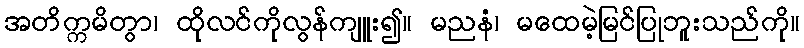
အတိက္ကမိတွာ၊ ထိုလင်ကိုလွန်ကျူး၍။ မညနံ၊ မထေမဲ့မြင်ပြုဘူးသည်ကို။